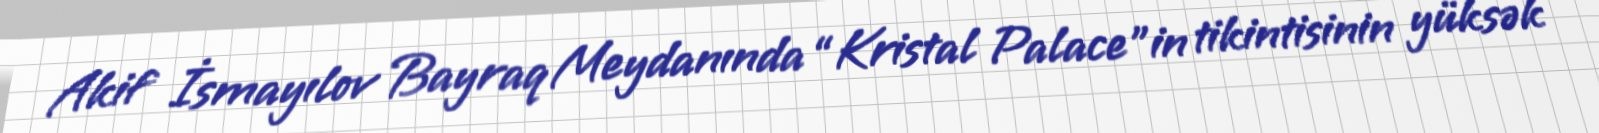
Akif İsmayılov Bayraq Meydanında “Kristal Palace”in tikintisinin yüksək